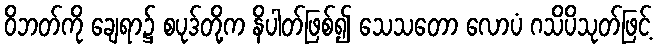
ဝိဘတ်ကို ချေရာ၌ စပုဒ်တို့က နိပါတ်ဖြစ်၍ သေသတော လောပံ ဂသိပိသုတ်ဖြင့်